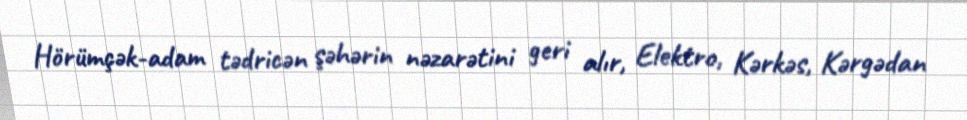
Hörümçək-adam tədricən şəhərin nəzarətini geri alır, Elektro, Kərkəs, Kərgədan